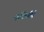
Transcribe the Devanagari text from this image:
पद्मिनीने